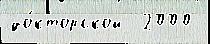
до́кторской  2000